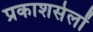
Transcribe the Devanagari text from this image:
प्रकाशसेलों